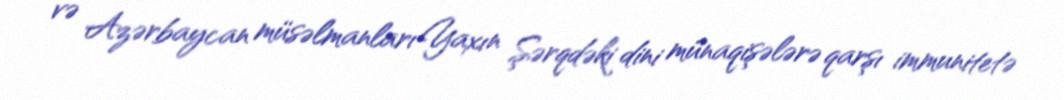
və Azərbaycan müsəlmanları Yaxın Şərqdəki dini münaqişələrə qarşı immunitetə